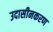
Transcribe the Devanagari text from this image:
उदासीनकरण